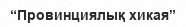
“Провинциялық хикая”